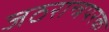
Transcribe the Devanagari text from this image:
जठरान्त्रपरक